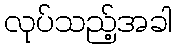
လုပ်သည့်အခါ